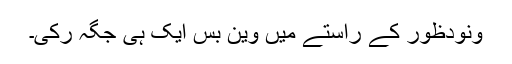
ونودظور کے راستے میں وین بس ایک ہی جگہ رکی۔